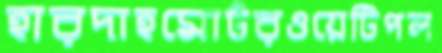
হারদাহমোটরওয়েটিপল